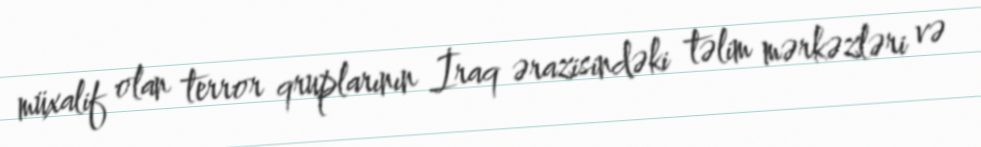
müxalif olan terror qruplarının İraq ərazisindəki təlim mərkəzləri və